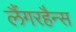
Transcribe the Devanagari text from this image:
लैंगरहैन्स